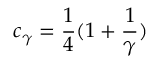
c _ { \gamma } = \frac { 1 } { 4 } ( 1 + \frac { 1 } { \gamma } )